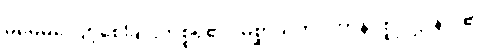
မမေ့မလျော့စေခြင်းကိစ္စရှိ၏။ မိစ္ဆာသတိပ္ပဟာနပစ္စုပဋ္ဌာနာ၊ ၏။